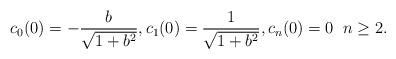
LaTeX: \begin{align*}c_0(0)=-\frac{b}{\sqrt{1+b^2}}, c_1(0)=\frac{1}{\sqrt{1+b^2}}, c_n(0)=0\; \; n\geq 2.\end{align*}